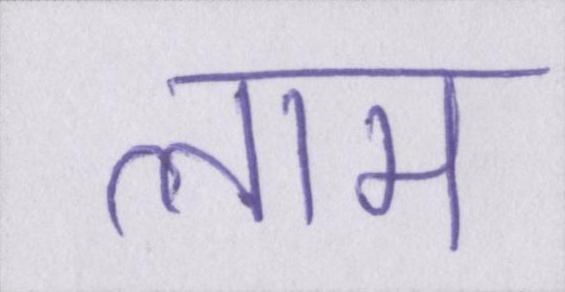
लाम